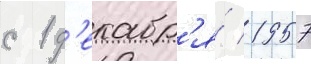
с 1 д'екабр'я́ 1957